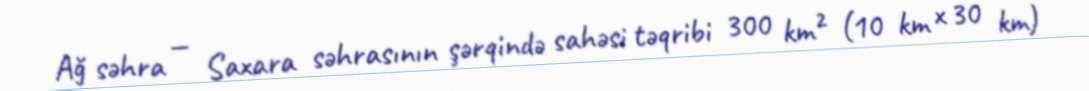
Ağ səhra — Saxara səhrasının şərqində sahəsi təqribi 300 km² (10 km x 30 km)